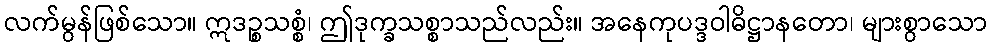
လက်မွန်ဖြစ်သော။ ဣဒဉ္စသစ္စံ၊ ဤဒုက္ခသစ္စာသည်လည်း။ အနေကုပဒ္ဒဝါဓိဋ္ဌာနတော၊ များစွာသော